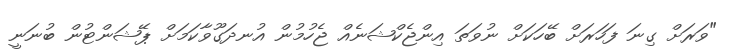
"ވަރަށް ގިނަ ފަހަރަށް ބޭހަކަށް ނުވަތަ އިންޖެކްޝަނެއް ޖެހުމުން އުނދަގޫވާކަމަށް ޕޭޝަންޓުން ބުނަނީ